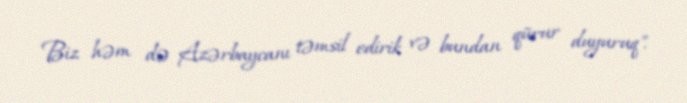
Biz həm də Azərbaycanı təmsil edirik və bundan qürur duyuruq".